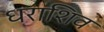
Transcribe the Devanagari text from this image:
धराशिव